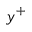
y ^ { + }